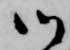
御